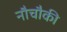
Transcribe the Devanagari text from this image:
नौचौकी